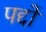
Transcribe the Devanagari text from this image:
पद्दों